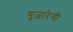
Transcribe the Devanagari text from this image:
गुजारेगी